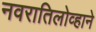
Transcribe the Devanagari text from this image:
नवरातिलोव्हाने